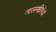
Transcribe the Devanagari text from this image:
ज्वलनविरोधी